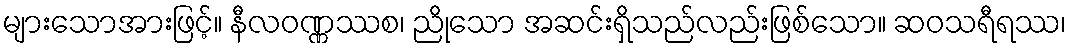
များသောအားဖြင့်။ နီလဝဏ္ဏဿစ၊ ညိုသော အဆင်းရှိသည်လည်းဖြစ်သော။ ဆဝသရီရဿ၊